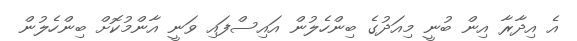
އެ އިދާރާ އިން ބުނީ މިއަދުގެ ބިންހެލުން އައިސްފައި ވަނީ އާންމުކޮށް ބިންހެލުން